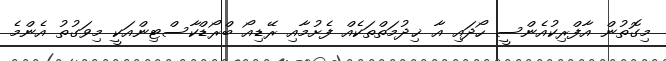
މިގޮތުން އާފްރިކުއެންސީ ހޯދައި އާ ޚިދުމަތްތަކެއް ފެށުމާއި ރޭޑިއޯ ބްރޯޑްކާސްޓިންއަކީ މިވަގުތު އެންމެ